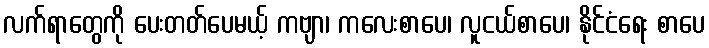
လက်ရာတွေကို ပေးတတ်ပေမယ့် ကဗျာ၊ ကလေးစာပေ၊ လူငယ်စာပေ၊ နိုင်ငံရေး စာပေ